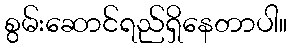
စွမ်းဆောင်ရည်ရှိနေတာပါ။